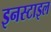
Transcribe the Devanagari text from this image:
इनस्टाइल